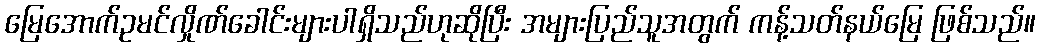
မြေအောက်ဥမင်လှိုဏ်ခေါင်းများပါရှိသည်ဟုဆိုပြီး အများပြည်သူအတွက် ကန့်သတ်နယ်မြေ ဖြစ်သည်။